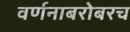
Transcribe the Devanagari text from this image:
वर्णनाबरोबरच